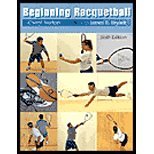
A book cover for Beginning Racquetball by Norton,Cheryl; Bryant,James S.. [2003,6th Edition.] Paperback; Norton; Sports & Outdoors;